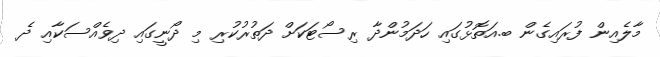
މާލެއިން ފުރައިގެން ބ.އަތޮޅުގައި ހަދަމުންދާ ރިސޯޓަކަށް ދަތުރުކުރި މި ދޯނީގައި ދިވެއްސަކާއި ދެ